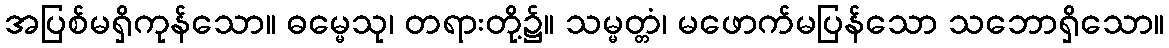
အပြစ်မရှိကုန်သော။ ဓမ္မေသု၊ တရားတို့၌။ သမ္မတ္တံ၊ မဖောက်မပြန်သော သဘောရှိသော။